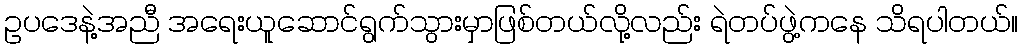
ဥပဒေနဲ့အညီ အရေးယူဆောင်ရွက်သွားမှာဖြစ်တယ်လို့လည်း ရဲတပ်ဖွဲ့ကနေ သိရပါတယ်။